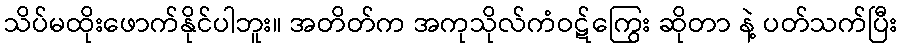
သိပ်မထိုးဖောက်နိုင်ပါဘူး။ အတိတ်က အကုသိုလ်ကံဝဋ်ကြွေး ဆိုတာ နဲ့ ပတ်သက်ပြီး